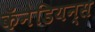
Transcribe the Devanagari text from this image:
कॅनेडियन्स